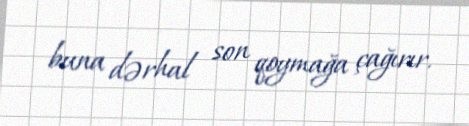
buna dərhal son qoymağa çağırır.